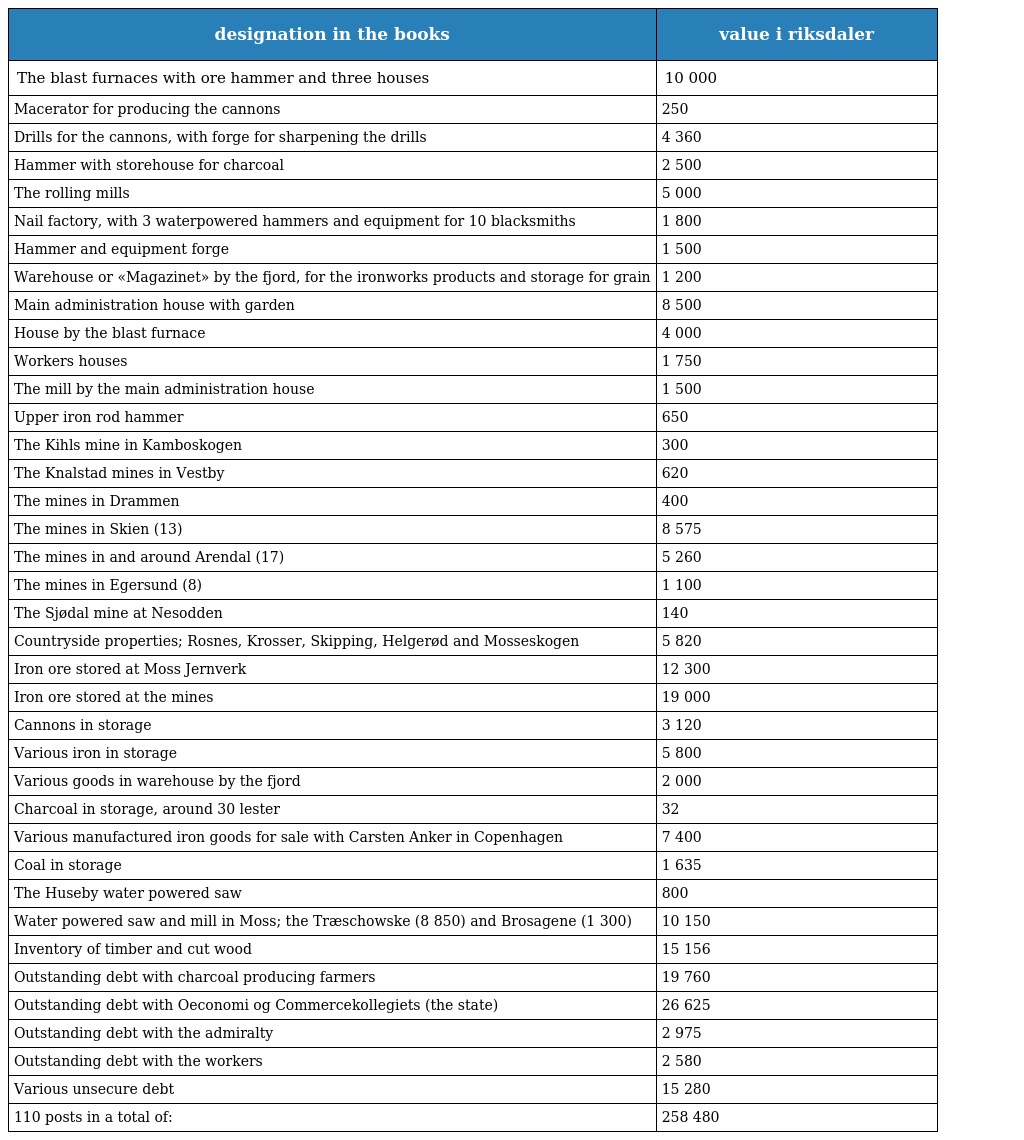
| designation in the books | value i riksdaler |
 | --- | --- |
 | The blast furnaces with ore hammer and three houses | 10 000 |
 | Macerator for producing the cannons | 250 |
 | Drills for the cannons, with forge for sharpening the drills | 4 360 |
 | Hammer with storehouse for charcoal | 2 500 |
 | The rolling mills | 5 000 |
 | Nail factory, with 3 waterpowered hammers and equipment for 10 blacksmiths | 1 800 |
 | Hammer and equipment forge | 1 500 |
 | Warehouse or «Magazinet» by the fjord, for the ironworks products and storage for grain | 1 200 |
 | Main administration house with garden | 8 500 |
 | House by the blast furnace | 4 000 |
 | Workers houses | 1 750 |
 | The mill by the main administration house | 1 500 |
 | Upper iron rod hammer | 650 |
 | The Kihls mine in Kamboskogen | 300 |
 | The Knalstad mines in Vestby | 620 |
 | The mines in Drammen | 400 |
 | The mines in Skien (13) | 8 575 |
 | The mines in and around Arendal (17) | 5 260 |
 | The mines in Egersund (8) | 1 100 |
 | The Sjødal mine at Nesodden | 140 |
 | Countryside properties; Rosnes, Krosser, Skipping, Helgerød and Mosseskogen | 5 820 |
 | Iron ore stored at Moss Jernverk | 12 300 |
 | Iron ore stored at the mines | 19 000 |
 | Cannons in storage | 3 120 |
 | Various iron in storage | 5 800 |
 | Various goods in warehouse by the fjord | 2 000 |
 | Charcoal in storage, around 30 lester | 32 |
 | Various manufactured iron goods for sale with Carsten Anker in Copenhagen | 7 400 |
 | Coal in storage | 1 635 |
 | The Huseby water powered saw | 800 |
 | Water powered saw and mill in Moss; the Træschowske (8 850) and Brosagene (1 300) | 10 150 |
 | Inventory of timber and cut wood | 15 156 |
 | Outstanding debt with charcoal producing farmers | 19 760 |
 | Outstanding debt with Oeconomi og Commercekollegiets (the state) | 26 625 |
 | Outstanding debt with the admiralty | 2 975 |
 | Outstanding debt with the workers | 2 580 |
 | Various unsecure debt | 15 280 |
 | 110 posts in a total of: | 258 480 |